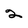
Character: 2